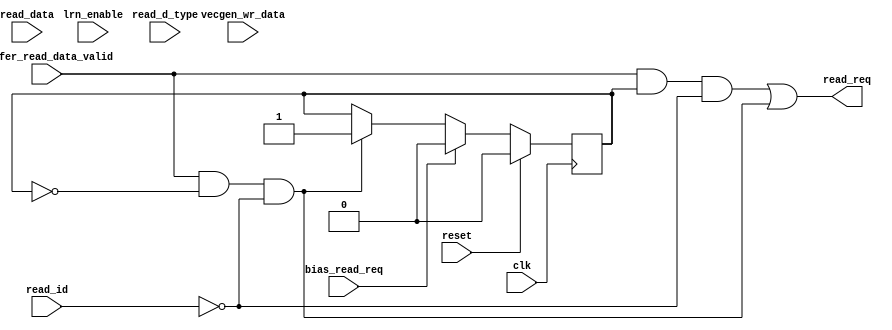
module PU 
#(
	parameter integer PU_ID             = 0,
	parameter integer OP_WIDTH          = 16,
	
	parameter integer NUM_PE            = 4,






    parameter integer WR_ADDR_WIDTH     = 5,





    parameter integer AXI_DATA_WIDTH    = 64,

    parameter integer D_TYPE_W          = 2,
	parameter integer RD_LOOP_W         = 10




)(
	input wire                               clk,
	input wire                               reset,
	
	input wire                               lrn_enable,
	
	
	
	
	input wire                               bias_read_req,
	
	
	
	
	
	
	
	
	
	
	
	
	
	
	
	input wire [ DATA_IN_WIDTH  -1 : 0 ]    vecgen_wr_data,
	
	
	
	
	input wire [ AXI_DATA_WIDTH -1 : 0 ]     read_data,
	input wire [ RD_LOOP_W      -1 : 0 ]     read_id,
	input wire [ D_TYPE_W       -1 : 0 ]     read_d_type,
	input wire                               buffer_read_data_valid,
	output wire                              read_req
	
	
	
	
);




localparam integer DATA_IN_WIDTH     = OP_WIDTH * NUM_PE;









genvar i;







wire [ 1024              -1 : 0 ]      GND;







wire                                    wb_weight_read_req;

reg [ WR_ADDR_WIDTH        -1 : 0]      wb_write_addr;











wire pu_bias_read_req;







assign GND = 1024'd0;

assign read_req = wb_weight_read_req || pu_bias_read_req;




































































reg [ OP_WIDTH           -1 : 0 ]       bias;
reg bias_v;
reg [ D_TYPE_W           -1 : 0 ]       read_d_type_d;

wire weight_reset;
assign weight_reset = bias_read_req;

always @(posedge clk)
	if (reset)
		bias <= 0;
	else if (pu_bias_read_req)
		bias <= read_data[OP_WIDTH-1:0];

always @(posedge clk)
begin
	if (reset)
		bias_v <= 1'b0;
	else if (weight_reset)
		bias_v <= 1'b0;
	else if (pu_bias_read_req)
		bias_v <= 1'b1;
end	

assign pu_bias_read_req = buffer_read_data_valid && !bias_v && read_id == PU_ID;    //bias_v=1 -> pu_bias_read_req=0
reg pu_bias_read_req_d;
always @(posedge clk)
    pu_bias_read_req_d <= pu_bias_read_req;

assign wb_weight_read_req = buffer_read_data_valid && bias_v && read_id == PU_ID;

assign wb_write_req = wb_weight_read_req;

always @(posedge clk)
    read_d_type_d <= read_d_type;


always @(posedge clk)
begin: WB_WRITE
    if (reset)
        wb_write_addr <= GND[WR_ADDR_WIDTH-1:0];
end

endmodule